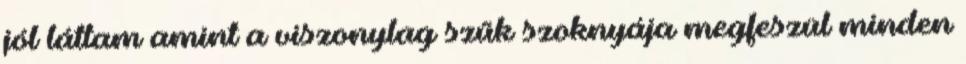
jól láttam amint a viszonylag szűk szoknyája megfeszül minden